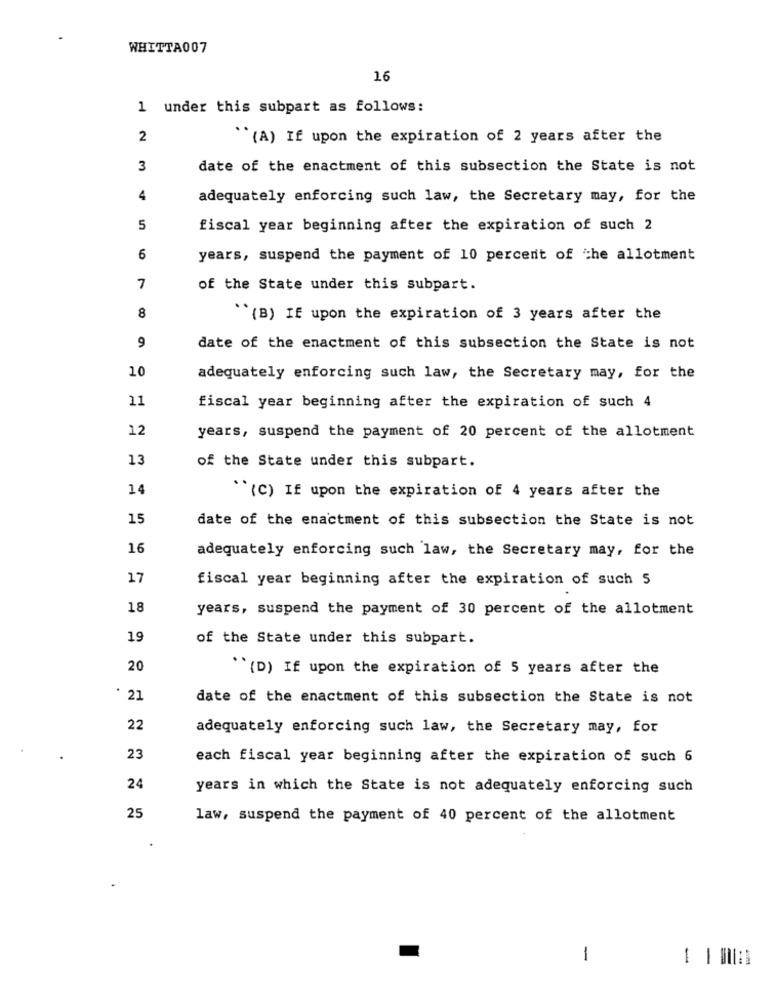
WHITTA007
16
1 under this subpart as follows:
2
"(A) If upon the expiration of 2 years after the
3
date of the enactment of this subsection the State is not
4
adequately enforcing such law, the Secretary may, for the
5
fiscal year beginning after the expiration of such 2
6
years, suspend the payment of 10 percent of the allotment
7
of the State under this subpart.
8
``(B) If upon the expiration of 3 years after the
9
date of the enactment of this subsection the State is not
10
adequately enforcing such law, the Secretary may, for the
11
fiscal year beginning after the expiration of such 4
12
years, suspend the payment of 20 percent of the allotment
13
of the State under this subpart.
14
"(C) If upon the expiration of 4 years after the
15
date of the enactment of this subsection the State is not
16
adequately enforcing such law, the Secretary may, for the
17
fiscal year beginning after the expiration of such 5
18
years, suspend the payment of 30 percent of the allotment
19
of the State under this subpart.
20
`` {D) If upon the expiration of 5 years after the
* 21
date of the enactment of this subsection the State is not
22
adequately enforcing such law, the Secretary may, for
23
each fiscal year beginning after the expiration of such 6
24
years in which the State is not adequately enforcing such
25
law, suspend the payment of 40 percent of the allotment
1
-